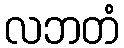
လဘတံ